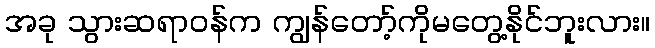
အခု သွားဆရာဝန်က ကျွန်တော့်ကိုမတွေ့နိုင်ဘူးလား။